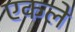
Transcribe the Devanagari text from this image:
एकले